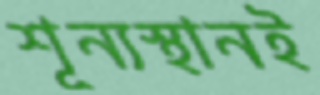
শূন্যস্থানই